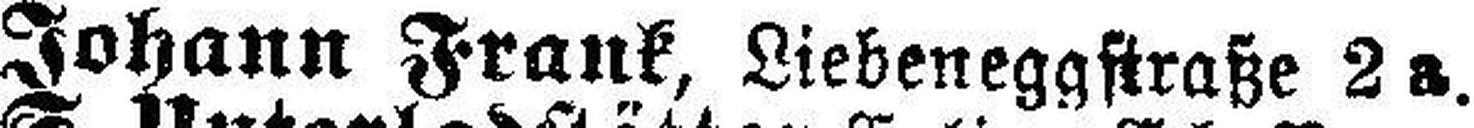
Johann Frank, Liebeneggstraße 2 a.